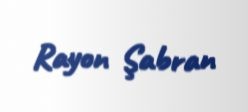
Rayon Şabran